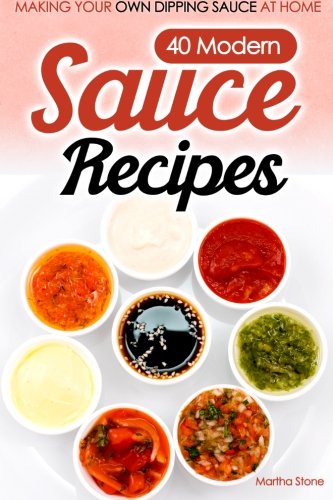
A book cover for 40 Modern Sauce Recipes: Making Your Own Dipping Sauce At Home; Martha Stone; Cookbooks, Food & Wine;